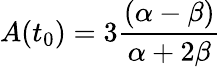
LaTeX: A(t_{0})=3\frac{(\alpha-\beta)}{\alpha+2\beta}